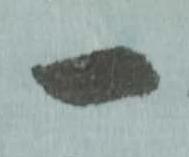
一